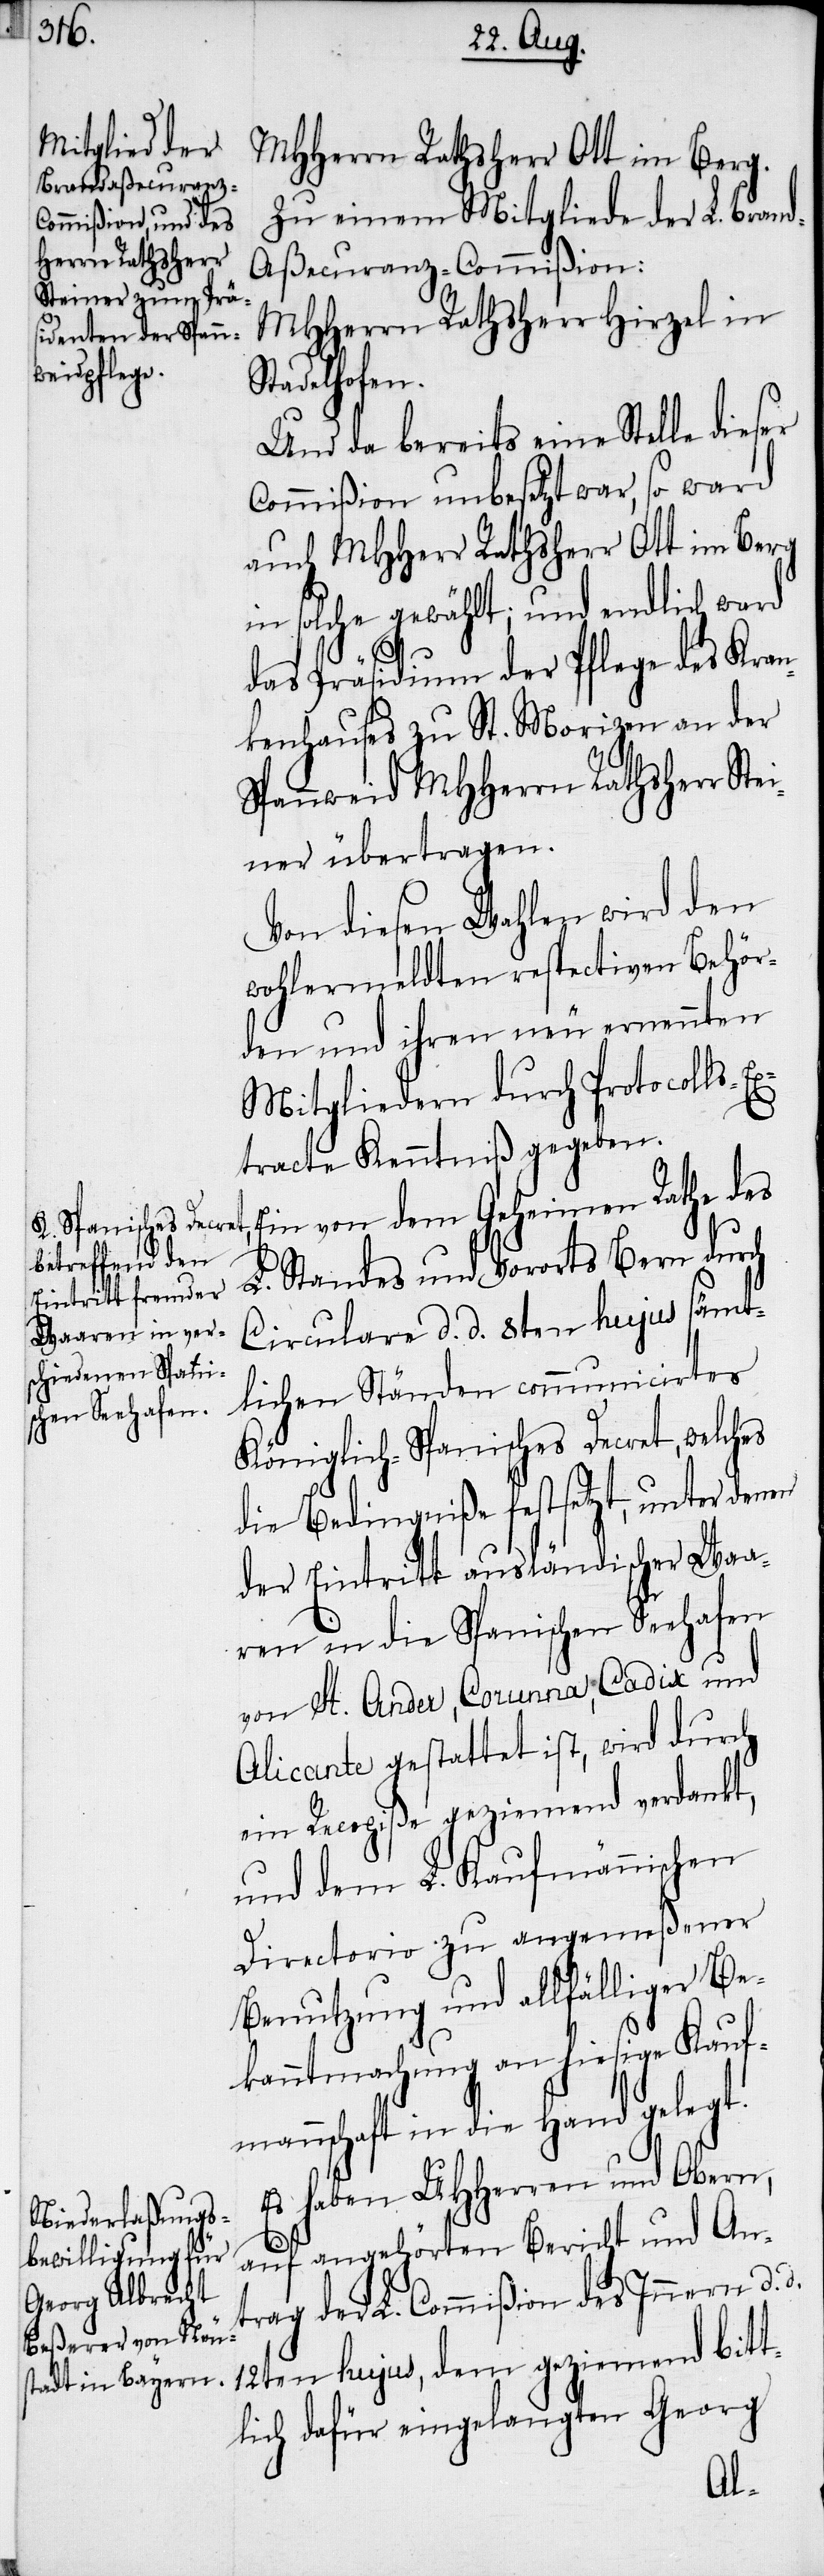
MHHerrn Rathsherr Ott im Berg.
Zu einem Mitgliede der L. Brand¬
aßecuranz-Commißion:
MHHerrn Rathsherr Hirzel in
Stadelhofen.
Und da bereits eine Stelle dieser
Commißion unbesetzt war, so ward
auch MHHerr Rathsherr Ott im Berg
in solche gewählt; und endlich ward
das Präsidium der Pflege des Kran¬
kenhauses zu St. Morizen an der
Spannweid MHHerrn Rathsherr Ste¬
iner übertragen.
Von diesen Wahlen wird den
wohlermeldten respectiven Behör¬
den und ihren neu ernennten
Mitgliedern durch Protocolls-E¬
xtracte Kenntniß gegeben.
Ein von dem Geheimen Rathe des
L. Standes und Vorortes Bern durch
Circulare d. d. 8ten hujus sämt¬
lichen Ständen communicirtes
Königlich-Spanisches Decret, welches
die Bedingniße festsetzt, unter den¬
der Eintritt ausländischer Waa¬
ren in die Spanischen Seehafen
von St. Ander, Corunna, Cadix und
Alicante gestattet ist, wird durch
ein Recepiße geziemend verdankt,
und dem L. Kaufmännischen
Directorio zu angemeßener
Benutzung und allfälliger Be¬
kanntmachung an hiesige Kauf¬
mannschaft in die Hand gelegt.
Es haben UHHerren und Obern,
en
auf angehörten Bericht und An¬
trag der L. Commißion des Innern d.
12ten hujus, dem geziemend bitt¬
lich dafür eingelangten Georg